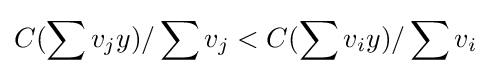
C(\sum v_{j}y)/\sum v_{j}<C(\sum v_{i}y)/\sum v_{i}